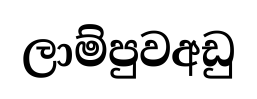
ලාම්පුවඅඩු